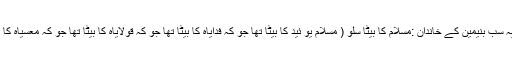
7 اور یہ سب بنیمین کے خاندان :مسّلام کا بیٹا سّلو ( مُسّلام یو ئید کا بیٹا تھا جو کہ فِدایاہ کا بیٹا تھا جو کہ قولایاہ کا بیٹا تھا جو کہ معسیاہ کا بیٹا تھا۔